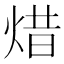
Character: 焟